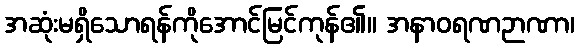
အဆုံးမရှိသောရန်ကိုအောင်မြင်ကုန်၏။ အနာဝရဏဉာဏာ၊